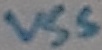
Text: VSS